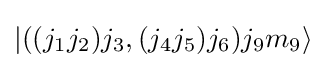
|((j_{1}j_{2})j_{3},(j_{4}j_{5})j_{6})j_{9}m_{9}\rangle